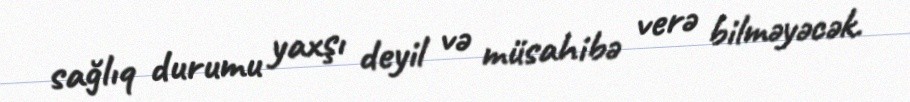
sağlıq durumu yaxşı deyil və müsahibə verə bilməyəcək.